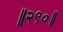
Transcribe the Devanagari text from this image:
॥२९०॥